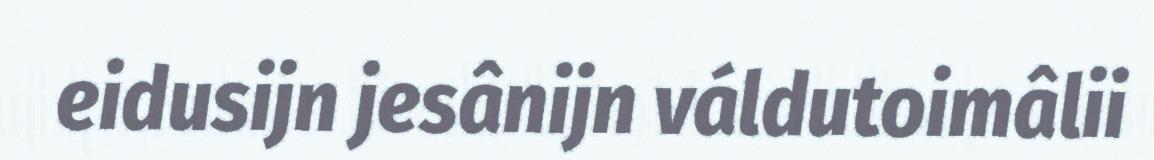
eidusijn jesânijn váldutoimâlii